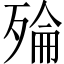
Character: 𪵅